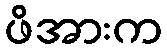
ဖိအားက